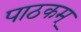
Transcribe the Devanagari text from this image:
पाठकम्